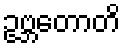
ဥဗ္ဘတောတိ